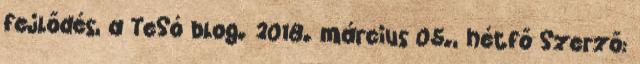
fejlődés, a TeSó blog. 2018. március 05., hétfő Szerző: